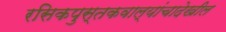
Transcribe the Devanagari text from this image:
रसिकपुस्तकवाल्यांचादेखील